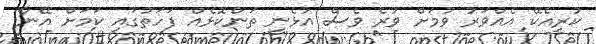
ކުރިއެކޭ އެއްވަރު ވުމަށް ވުރެ ވެސް އުޅެނީ ތަންކޮޅެއް ފަހަތުގައި ކަމަށް އޭނާ